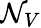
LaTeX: \mathcal{N}_{V}